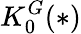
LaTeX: K_{0}^{G}(*)